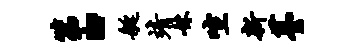
第“艇靖妹喧新薹